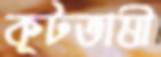
কূটভাষী